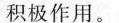
积极作用。